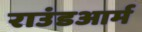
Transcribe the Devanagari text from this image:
राउंडआर्म